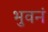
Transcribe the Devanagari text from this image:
भुवनं